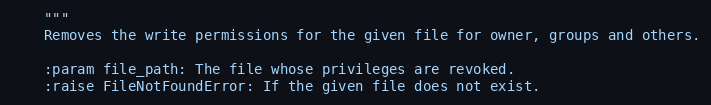
Language: Python
    """
    Removes the write permissions for the given file for owner, groups and others.

    :param file_path: The file whose privileges are revoked.
    :raise FileNotFoundError: If the given file does not exist.